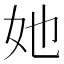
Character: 她